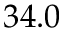
3 4 . 0